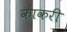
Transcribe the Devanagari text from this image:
काकरी